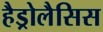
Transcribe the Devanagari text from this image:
हैड्रोलैसिस